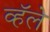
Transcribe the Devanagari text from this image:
व्हॅले